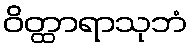
ဝိတ္ထာရာသုဘံ